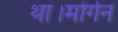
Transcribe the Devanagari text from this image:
था।मोर्गन